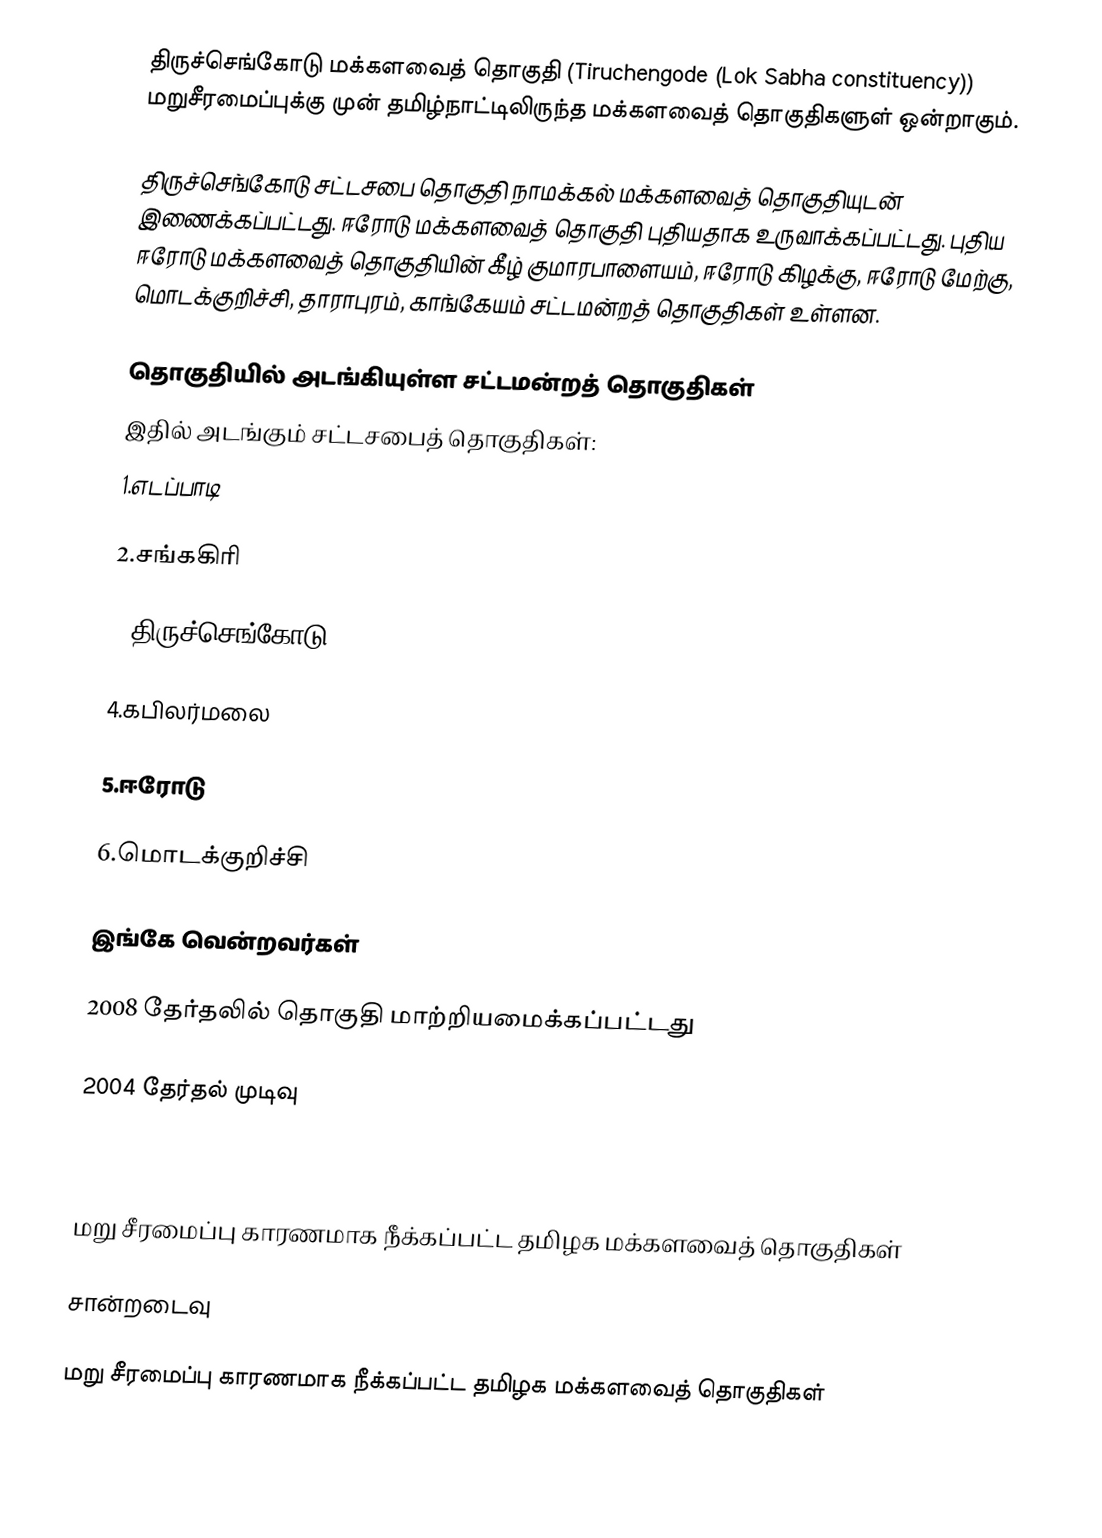
திருச்செங்கோடு மக்களவைத் தொகுதி (Tiruchengode (Lok Sabha constituency)) மறுசீரமைப்புக்கு முன் தமிழ்நாட்டிலிருந்த மக்களவைத் தொகுதிகளுள் ஒன்றாகும்.

திருச்செங்கோடு சட்டசபை தொகுதி நாமக்கல் மக்களவைத் தொகுதியுடன் இணைக்கப்பட்டது. ஈரோடு மக்களவைத் தொகுதி புதியதாக உருவாக்கப்பட்டது. புதிய ஈரோடு மக்களவைத் தொகுதியின் கீழ் குமாரபாளையம், ஈரோடு கிழக்கு, ஈரோடு மேற்கு, மொடக்குறிச்சி, தாராபுரம், காங்கேயம் சட்டமன்றத் தொகுதிகள் உள்ளன.

தொகுதியில் அடங்கியுள்ள சட்டமன்றத் தொகுதிகள்
இதில் அடங்கும் சட்டசபைத் தொகுதிகள்:
1.எடப்பாடி

2.சங்ககிரி

3.திருச்செங்கோடு

4.கபிலர்மலை

5.ஈரோடு

6.மொடக்குறிச்சி

இங்கே வென்றவர்கள்

2008 தேர்தலில் தொகுதி மாற்றியமைக்கப்பட்டது

2004 தேர்தல் முடிவு

மறு சீரமைப்பு காரணமாக நீக்கப்பட்ட தமிழக மக்களவைத் தொகுதிகள்

சான்றடைவு

மறு சீரமைப்பு காரணமாக நீக்கப்பட்ட தமிழக மக்களவைத் தொகுதிகள்